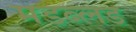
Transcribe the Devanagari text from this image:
मडब्लड